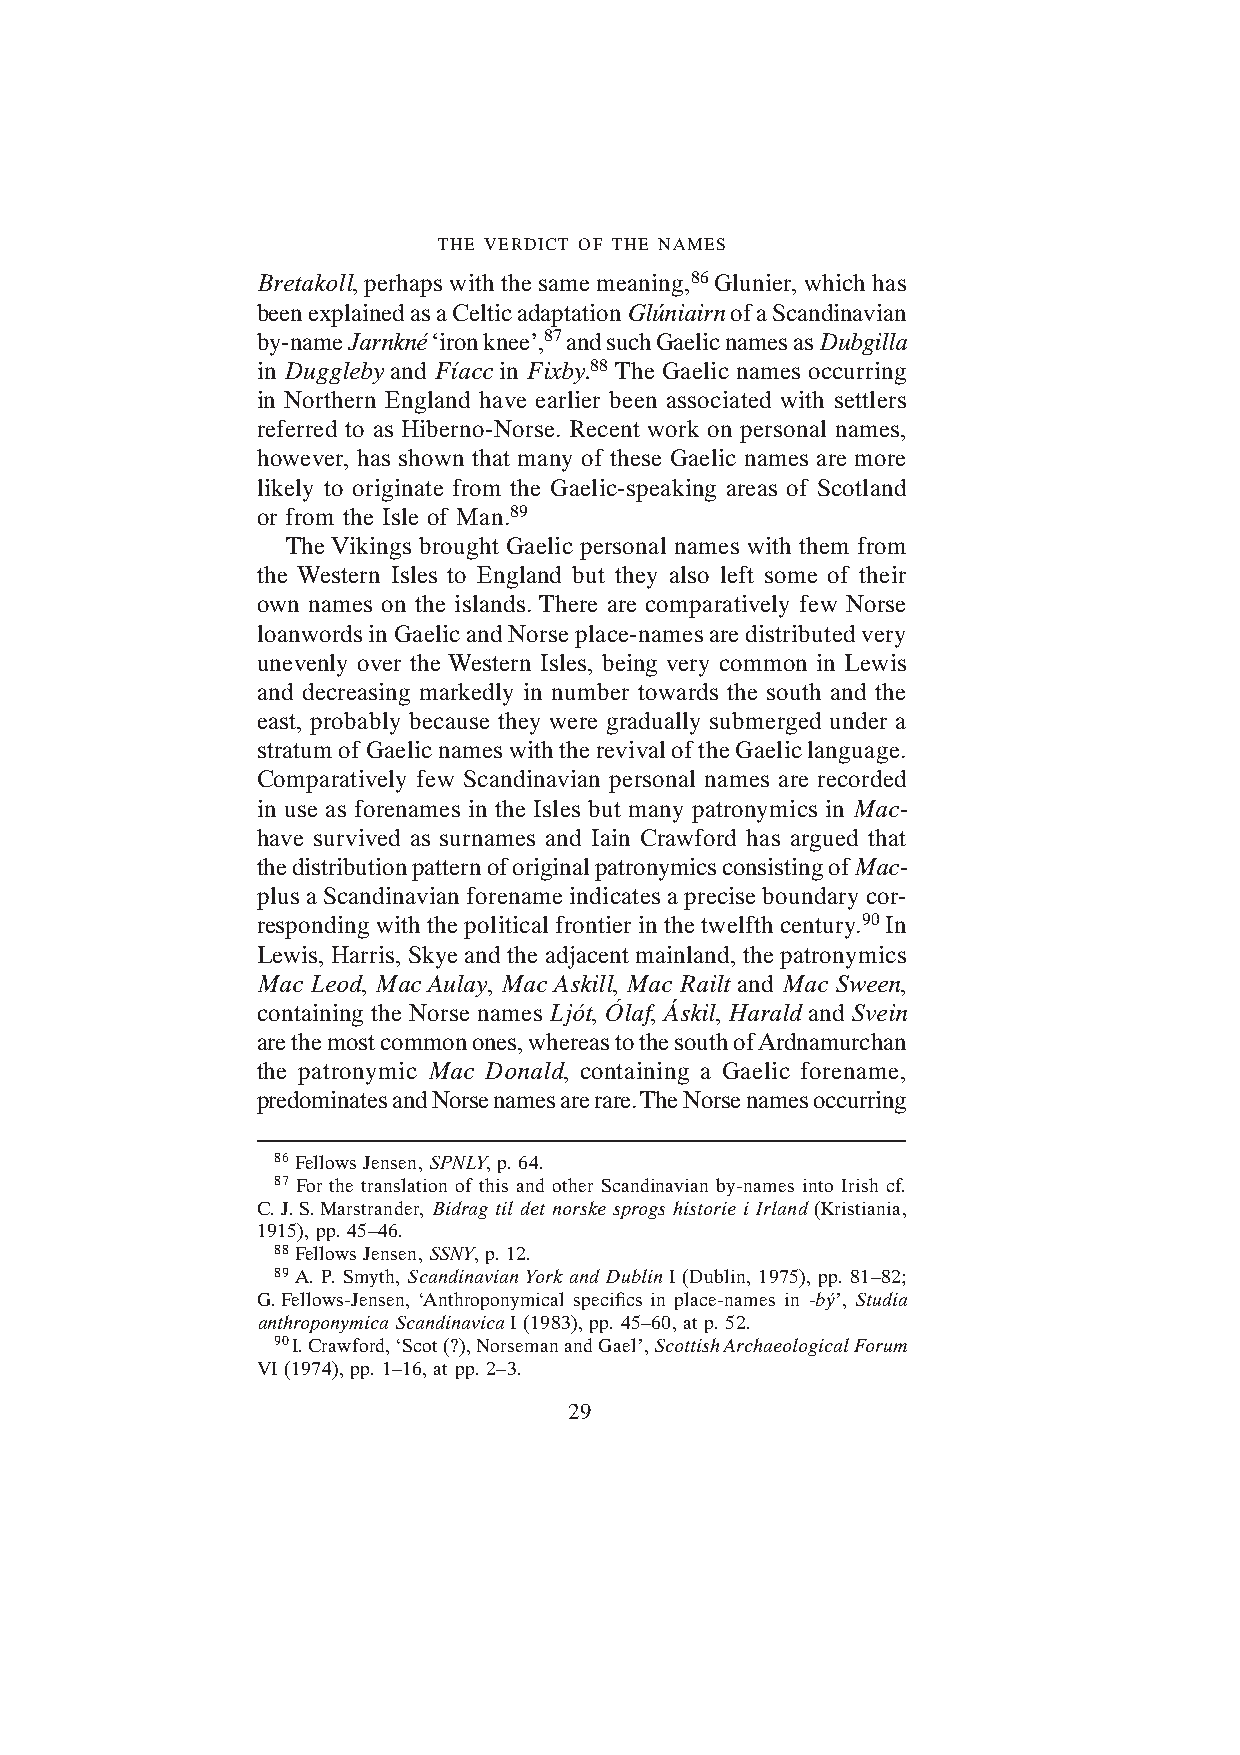
THE VERDICT OF THE NAMES
 Bretakoll, perhaps with the same meaning,86 Glunier, which has
 been explained as a Celtic adaptation Glúniairn of a Scandinavian
 by-name Jarnkné ‘iron knee’,87 and such Gaelic names as Dubgilla
 in Duggleby and Fíacc in Fixby.88 The Gaelic names occurring
 in Northern England have earlier been associated with settlers
 referred to as Hiberno-Norse. Recent work on personal names,
 however, has shown that many of these Gaelic names are more
 likely to originate from the Gaelic-speaking areas of Scotland
 or from the Isle of Man.89
 The Vikings brought Gaelic personal names with them from
 the Western Isles to England but they also left some of their
 own names on the islands. There are comparatively few Norse
 loanwords in Gaelic and Norse place-names are distributed very
 unevenly over the Western Isles, being very common in Lewis
 and decreasing markedly in number towards the south and the
 east, probably because they were gradually submerged under a
 stratum of Gaelic names with the revival of the Gaelic language.
 Comparatively few Scandinavian personal names are recorded
 in use as forenames in the Isles but many patronymics in Mac-
 have survived as surnames and Iain Crawford has argued that
 the distribution pattern of original patronymics consisting of Mac-
 plus a Scandinavian forename indicates a precise boundary cor-
 responding with the political frontier in the twelfth century.90 In
 Lewis, Harris, Skye and the adjacent mainland, the patronymics
 Mac Leod, Mac Aulay, Mac Askill, Mac Railt and Mac Sween,
 containing the Norse names Ljót, Ólaf, Áskil, Harald and Svein
 are the most common ones, whereas to the south of Ardnamurchan
 the patronymic Mac Donald, containing a Gaelic forename,
 predominates and Norse names are rare. The Norse names occurring
 86 Fellows Jensen, SPNLY, p. 64.
 87 For the translation of this and other Scandinavian by-names into Irish cf.
 C. J. S. Marstrander, Bidrag til det norske sprogs historie i Irland (Kristiania,
 1915), pp. 45–46.
 88 Fellows Jensen, SSNY, p. 12.
 89 A. P. Smyth, Scandinavian York and Dublin I (Dublin, 1975), pp. 81–82;
 G. Fellows-Jensen, ‘Anthroponymical specifics in place-names in -bý’, Studia
 anthroponymica Scandinavica I (1983), pp. 45–60, at p. 52.
 90 I. Crawford, ‘Scot (?), Norseman and Gael’, Scottish Archaeological Forum
 VI (1974), pp. 1–16, at pp. 2–3.
 29